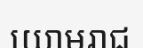
យោមរាជ